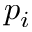
p _ { i }